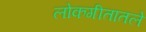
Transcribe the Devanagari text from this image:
लोकगीतातले